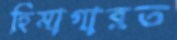
হিমাগারত